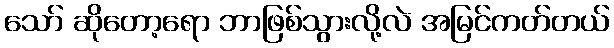
သော် ဆိုတော့ရော ဘာဖြစ်သွားလို့လဲ အမြင်ကတ်တယ်